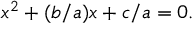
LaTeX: x ^ { 2 } + ( b / a ) x + c / a = 0 .